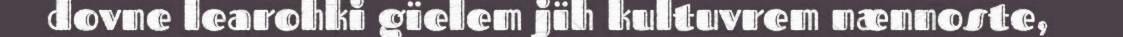
dovne learohki gïelem jïh kultuvrem nænnoste,